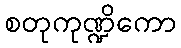
စတုကုဏ္ဍိကော